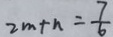
2 m + n = \frac { 7 } { 6 }